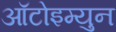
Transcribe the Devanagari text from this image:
आॅटोइम्युन